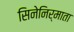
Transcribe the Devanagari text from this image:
सिनेनिर्माता